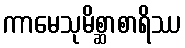
ကာမေသုမိစ္ဆာစာရိဿ